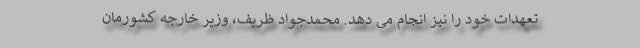
تعهدات خود را نیز انجام می دهد. محمدجواد ظریف، وزیر خارجه کشورمان